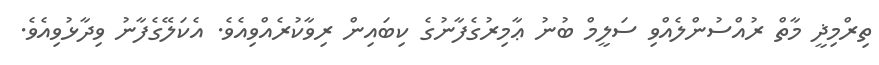
ތިރްމިޛީ މާތް ރުއްސުންލެއްވި ސަލީމް ބުނު ޢާމިރުގެފާނުގެ ކިބައިން ރިވާކުރެއްވިއެވެ. އެކަލޭގެފާނު ވިދާޅުވިއެވެ.